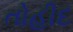
તોહીદ